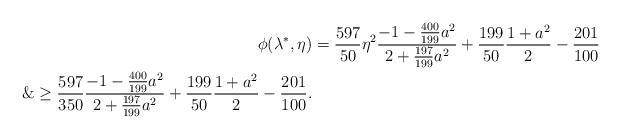
LaTeX: \begin{align*}\phi(\lambda^*, \eta) &= \frac{597}{50}\eta^2 \frac{-1-\frac{400}{199}a^2}{2+\frac{197}{199}a^2}+\frac{199}{50}\frac{1+a^2}{2}-\frac{201}{100}\\\&\ge \frac{597}{350} \frac{-1-\frac{400}{199}a^2}{2+\frac{197}{199}a^2}+\frac{199}{50}\frac{1+a^2}{2}-\frac{201}{100}.\end{align*}